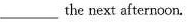
___ the next afternoon.